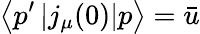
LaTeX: \left\langle p^{\prime}\left|j_{\mu}(0)\right|p\right\rangle=\bar{u}